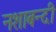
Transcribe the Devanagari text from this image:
नशाबन्दी